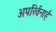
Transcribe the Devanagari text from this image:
अपरिर्वनार्ह